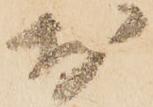
於